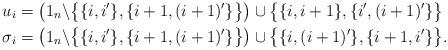
LaTeX: \begin{align*} u_i&=\left(1_n\backslash\big\{\{i,i'\},\{i+1,(i+1)'\}\big\}\right)\cup\big\{\{i,i+1\},\{i',(i+1)'\}\big\}\\ \sigma_i&=\left(1_n\backslash\big\{\{i,i'\},\{i+1,(i+1)'\}\big\}\right)\cup\big\{\{i,(i+1)'\},\{i+1,i'\}\big\}.\end{align*}